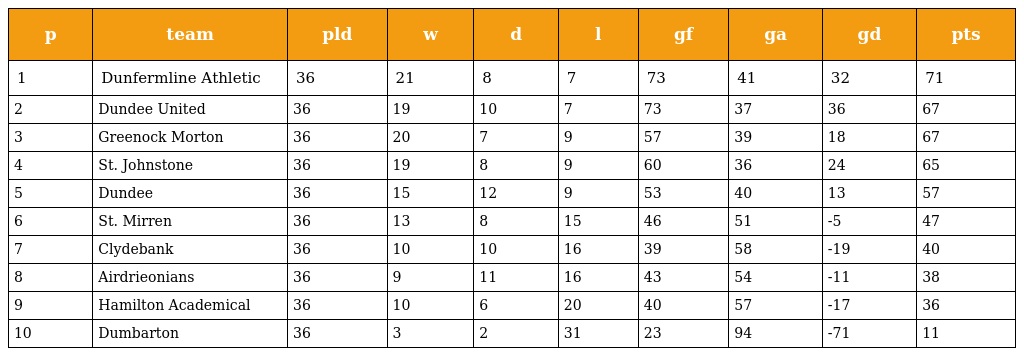
| p | team | pld | w | d | l | gf | ga | gd | pts |
 | --- | --- | --- | --- | --- | --- | --- | --- | --- | --- |
 | 1 | Dunfermline Athletic | 36 | 21 | 8 | 7 | 73 | 41 | 32 | 71 |
 | 2 | Dundee United | 36 | 19 | 10 | 7 | 73 | 37 | 36 | 67 |
 | 3 | Greenock Morton | 36 | 20 | 7 | 9 | 57 | 39 | 18 | 67 |
 | 4 | St. Johnstone | 36 | 19 | 8 | 9 | 60 | 36 | 24 | 65 |
 | 5 | Dundee | 36 | 15 | 12 | 9 | 53 | 40 | 13 | 57 |
 | 6 | St. Mirren | 36 | 13 | 8 | 15 | 46 | 51 | -5 | 47 |
 | 7 | Clydebank | 36 | 10 | 10 | 16 | 39 | 58 | -19 | 40 |
 | 8 | Airdrieonians | 36 | 9 | 11 | 16 | 43 | 54 | -11 | 38 |
 | 9 | Hamilton Academical | 36 | 10 | 6 | 20 | 40 | 57 | -17 | 36 |
 | 10 | Dumbarton | 36 | 3 | 2 | 31 | 23 | 94 | -71 | 11 |